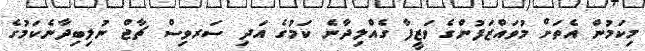
މިކަމުން އެތަށް މުވައްޒަފުންގެ ވަޒީފާ ގެއްލިދާނެ ކަމުގެ އަދި ސަރވިސް ޗާޖް ނުލިބިދާނެކަމުގެ